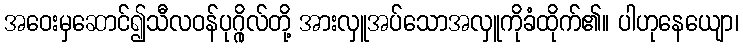
အဝေးမှဆောင်၍သီလဝန်ပုဂ္ဂိုလ်တို့ အားလှူအပ်သောအလှူကိုခံထိုက်၏။ ပါဟုနေယျော၊